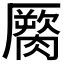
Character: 𰯖